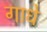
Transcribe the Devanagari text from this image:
गाधे